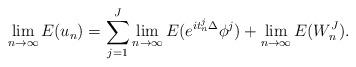
LaTeX: \begin{align*} \lim_{n\to\infty}E(u_n)=\sum_{j=1}^J\lim_{n\to\infty}E(e^{it_n^j\Delta}\phi^j)+\lim_{n\to\infty}E(W_n^J).\end{align*}